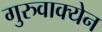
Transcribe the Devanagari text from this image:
गुरुवाक्येन